Annual administration report of the Civil Veterinary Department of India - 1901-1902
Year: 1901
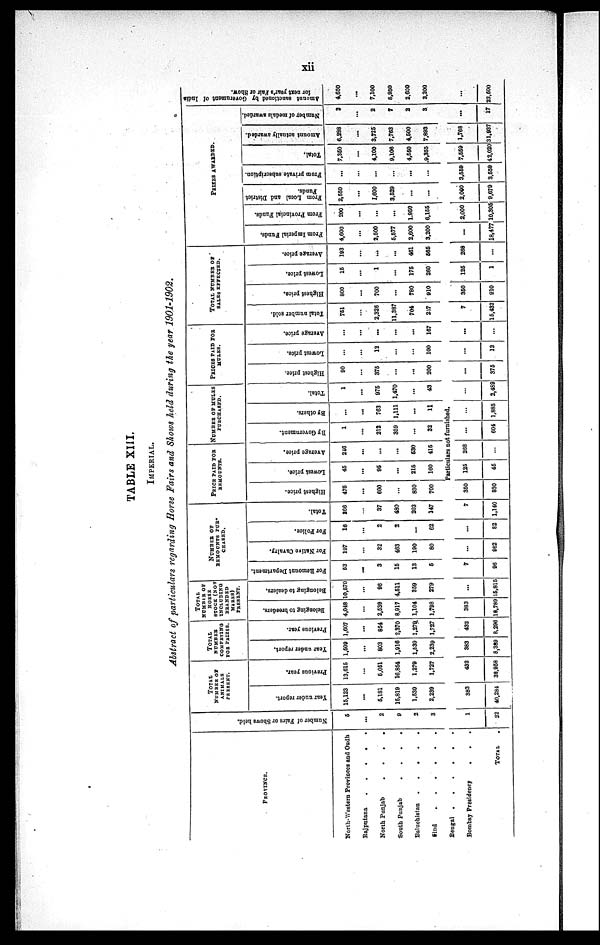
xii
TABLE XIII.
IMPERIAL.
Abstract of particulars regarding Horse Fairs and Shows held during the year 1901-1902.
PROVINCE.
North-Western Provinces and Oudh
Rajputana
.
.
.
.
.
North Punjab
.
.
.
.
South Punjab
.
.
.
.
Baluchistan
.
.
.
.
.
find
Bengal
Bombay Presidency
.
. .
TOTAL
.
Number of Fairs or Shows held.
6
...
2
9
2
3
TOTAL
NUMBER OF
ANIMALS
PRESENT.
Year under report.
15,123
...
6,181
15,819
1,630
2,239
Previous year.
13,615
...
6,061
16,854
1,279
1,727
TOTAL
NUMBER
COMPETING
FOR PRIZES.
Year under report.
1,609
...
803
1,916
1,639
2,239
Previous year.
1,607
...
854
2,370
1,279
1,727
TOTAL
NUMBER OF
HORSE
STOCK (NOT
INCLUDING
BRANDED
MARES)
PRESENT.
Belonging to breeders.
4,048
...
2,639
8,917
1,104
1,798
Belonging to dealers.
10,570
...
96
4,511
369
279
NUMBER OF
REMOUNTS PUR-
CHASED.
For Remount Department.
63
...
3
16
13
6
For Native Cavalry.
197
...
32
463
190
80
For Police.
16
...
2
2
...
62
Total.
266
...
37
480
203
147
PRICE PAID FOR
REMOUNTS.
Highest price.
476
...
600
...
830
700
Lowest price.
45
...
96
...
216
160
Average price.
216
...
...
...
530
416
NUMBER OF MULES
PURCHASED.
By Government.
1
...
212
359
...
32
By others.
...
...
763
1,111
...
11
Total.
1
...
975
1,470
...
43
PRICES PAID FOR
MULES.
Highest price.
90
...
375
...
...
200
Lowest price.
...
...
12
...
...
100
Average price.
...
...
...
...
...
167
TOTAL NUMBER OF
SALES EFFECTED.
Total number sold.
761
...
2,326
11,387
704
257
Highest price.
800
...
700
...
780
910
Lowest price.
15
...
1
...
176
260
Average price.
193
...
...
...
461
665
PRIZES AWARDED.
From Imperial Funds.
4,600
...
2,500
6,677
2,600
3,200
From Provincial Funds.
200
...
...
...
1.960
6,155
From Local and District
Funds.
2,550
...
1,600
3,629
...
...
From private subscription.
...
...
...
...
...
...
Total.
7,360
...
4,100
9,106
4,660
.9,355
Amount actually awarded.
6,298
...
3,726
7,763
4,600
7,893
Number of medals awarded
3
...
2
7
2
3
Amount sanctioned by Government of India
for next year's Fair or Show.
4,660
...
7,100
6,960
2.600
3,200
Particulars not furnished.
1
22
383
40,284
432
38,968
383
8,389
432
8,296
383
18,789
...
15,815
7
96
...
962
...
82
7
1,140
360
830
125
45
268
...
...
604
...
1,885
...
2,489
...
376
...
12
...
...
7
15,432
360
910
125
1
268
...
...
18,477
2,000
10,306
2,000
9,679
3,559
3,559
7,669
42,020
1,768
31,937
...
17
...
23,600